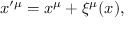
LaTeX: x ^ { \prime \mu } = x ^ { \mu } + \xi ^ { \mu } ( x ) ,